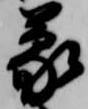
蒙